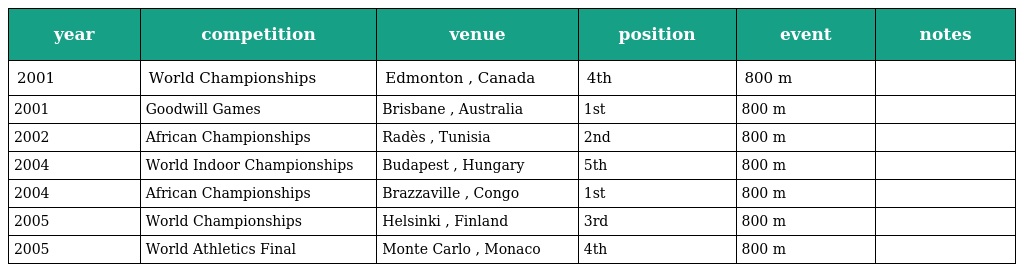
| year | competition | venue | position | event | notes |
 | --- | --- | --- | --- | --- | --- |
 | 2001 | World Championships | Edmonton , Canada | 4th | 800 m |  |
 | 2001 | Goodwill Games | Brisbane , Australia | 1st | 800 m |  |
 | 2002 | African Championships | Radès , Tunisia | 2nd | 800 m |  |
 | 2004 | World Indoor Championships | Budapest , Hungary | 5th | 800 m |  |
 | 2004 | African Championships | Brazzaville , Congo | 1st | 800 m |  |
 | 2005 | World Championships | Helsinki , Finland | 3rd | 800 m |  |
 | 2005 | World Athletics Final | Monte Carlo , Monaco | 4th | 800 m |  |